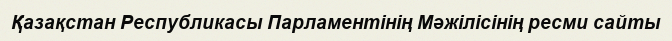
Қазақстан Республикасы Парламентінің Мәжілісінің ресми сайты